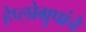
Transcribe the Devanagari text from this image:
हेप्लोग्रुपांचे